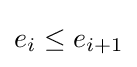
e_{i}\leq e_{i+1}